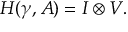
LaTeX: H ( \gamma , { \cal A } ) = { \cal { I } } \otimes V .